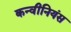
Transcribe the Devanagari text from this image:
कन्वीनियंस